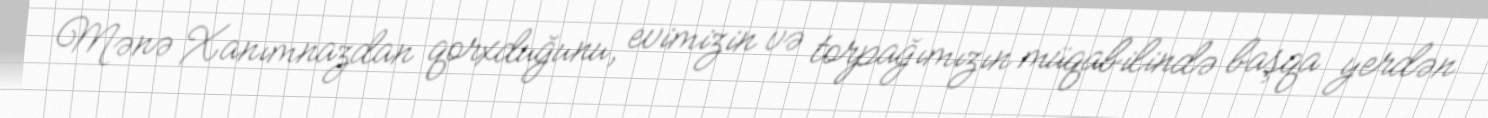
Mənə Xanımnazdan qorxduğunu, evimizin və torpağımızın müqabilində başqa yerdən